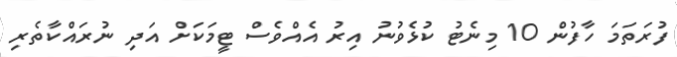
ފުރަތަމަ ހާފުން 10 މިނެޓު ކުޅެވުނު އިރު އެއްވެސް ޓީމަކަށް އަދި ނުރައްކާތެރި